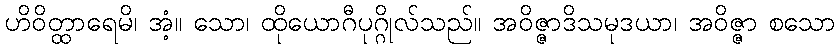
ဟိဝိတ္ထာရေမိ၊ အံ့။ သော၊ ထိုယောဂီပုဂ္ဂိုလ်သည်။ အဝိဇ္ဇာဒိသမုဒယာ၊ အဝိဇ္ဇာ စသော